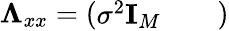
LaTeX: \boldsymbol{\Lambda}_{xx}=\left(\begin{array}{lll}{\sigma^{2}\textbf{I}_{M}}&{}&{}\end{array}\right)